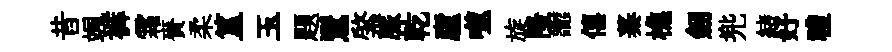
昔颯裤霜賚柔簋玉題鸎綮脈乾廬噬旋隆讟僖蓁樵劒兠緖好禮